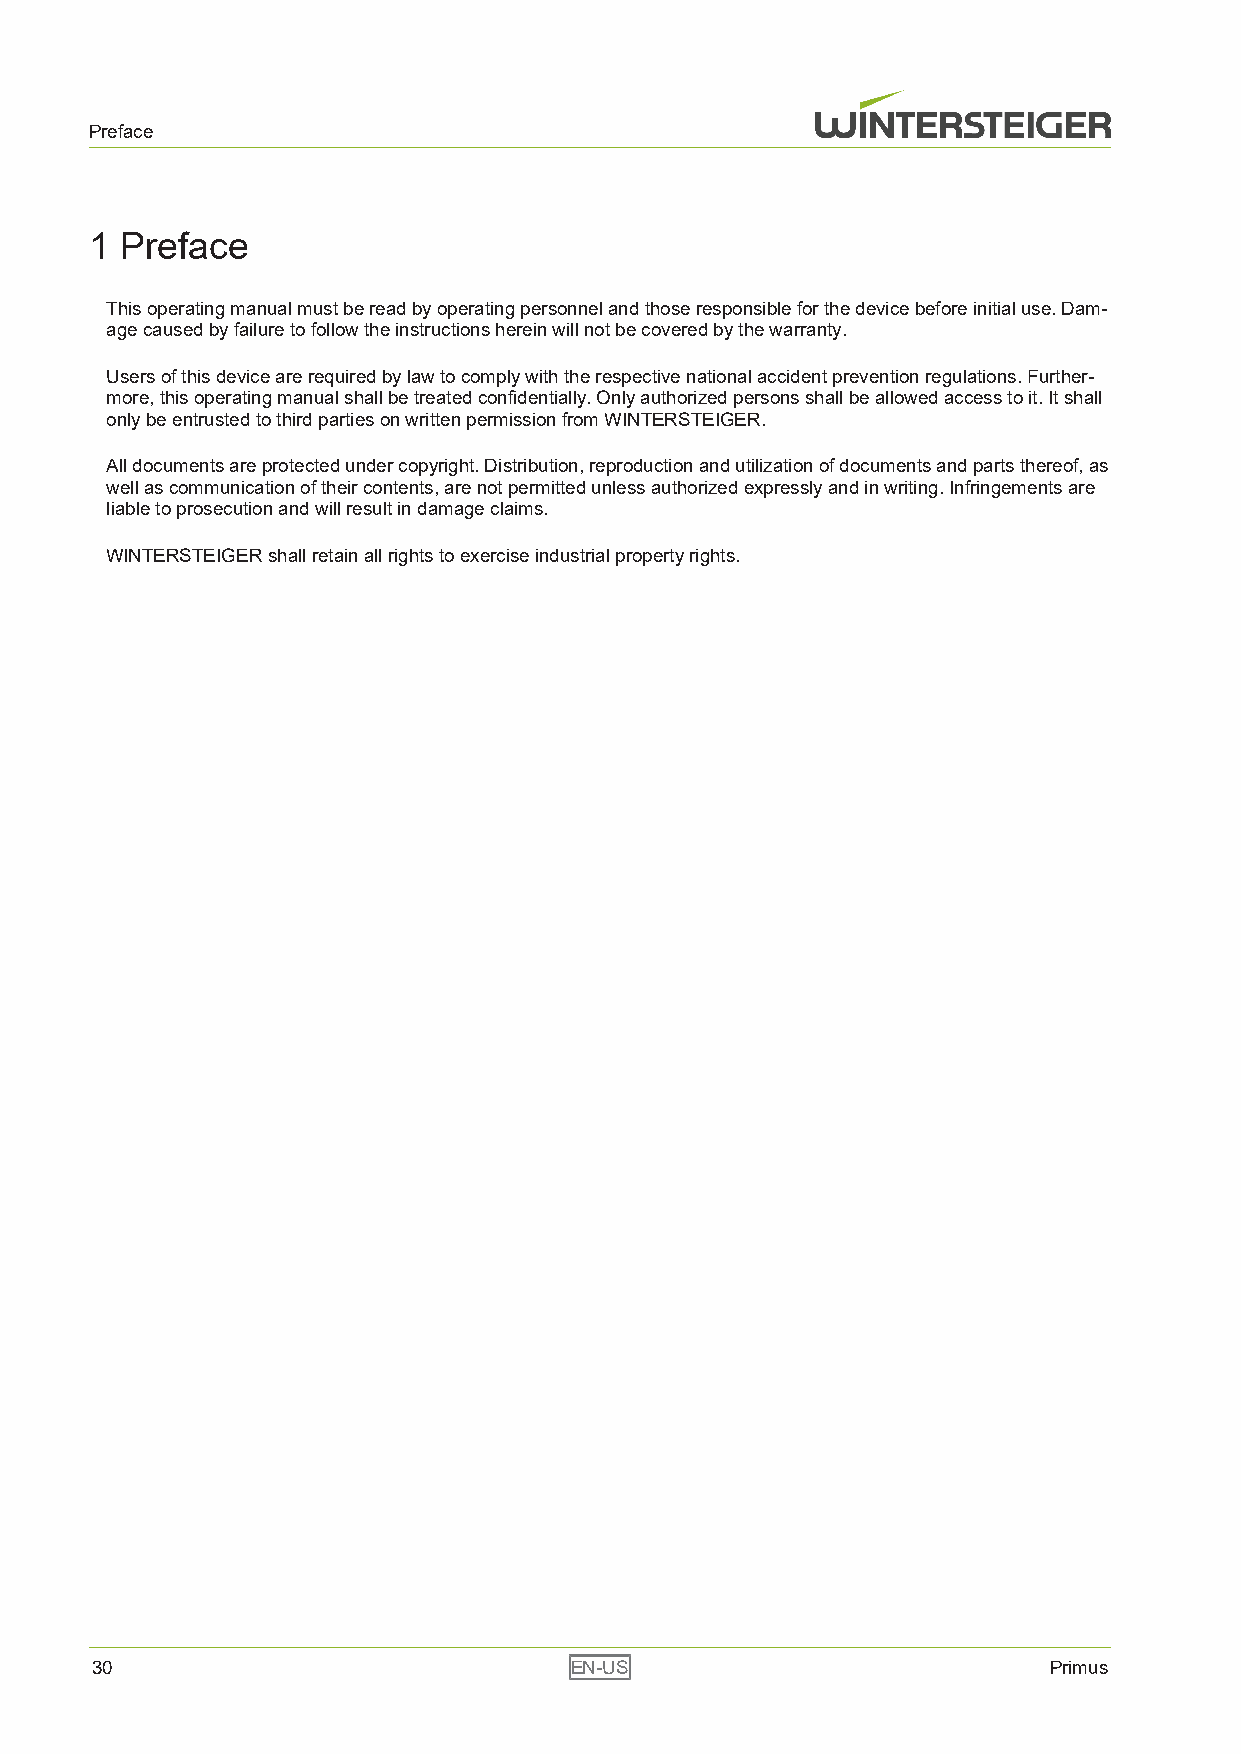
Preface
 1 Preface
 This operating manual must be read by operating personnel and those responsible for the device before initial use. Dam-
 age caused by failure to follow the instructions herein will not be covered by the warranty.
 Users of this device are required by law to comply with the respective national accident prevention regulations. Further-
 more, this operating manual shall be treated confidentially. Only authorized persons shall be allowed access to it. It shall
 only be entrusted to third parties on written permission from WINTERSTEIGER.
 All documents are protected under copyright. Distribution, reproduction and utilization of documents and parts thereof, as
 well as communication of their contents, are not permitted unless authorized expressly and in writing. Infringements are
 liable to prosecution and will result in damage claims.
 WINTERSTEIGER shall retain all rights to exercise industrial property rights.
 30                              EN-US                          Primus